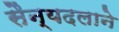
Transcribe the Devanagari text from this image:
सैन्यदलाने